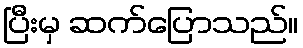
ပြီးမှ ဆက်ပြောသည်။